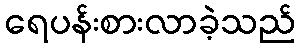
ရေပန်းစားလာခဲ့သည်